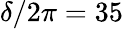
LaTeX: \delta/2\pi=35